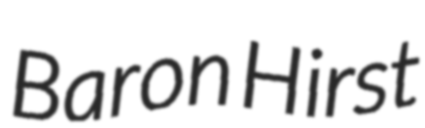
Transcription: Baron Hirst